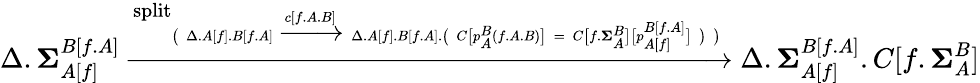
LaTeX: \Delta.\mathbf{{\Sigma}}_{A[f]}^{B[f.A]}\xrightarrow{\textnormal{split}_{\big(\; \Delta.A[f].B[f.A]\; \xrightarrow{c[f.A.B]}\; \Delta.A[f].B[f.A].\big(\; C\big[p_{A}^{B}(f.A.B)\big]\; =\; C\big[f.\mathbf{{\Sigma}}_{A}^{B}\big]\big[p_{A[f]}^{B[f.A]}\big]\; \big)\; \big)}}\Delta.\mathbf{{\Sigma}}_{A[f]}^{B[f.A]}.C[f.\mathbf{{\Sigma}}_{A}^{B}]